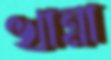
খান্না